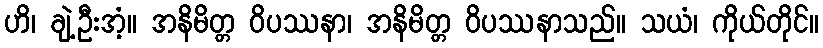
ဟိ၊ ချဲ့ဦးအံ့။ အနိမိတ္တ ဝိပဿနာ၊ အနိမိတ္တ ဝိပဿနာသည်။ သယံ၊ ကိုယ်တိုင်။